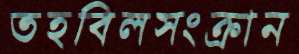
তহবিলসংক্রান